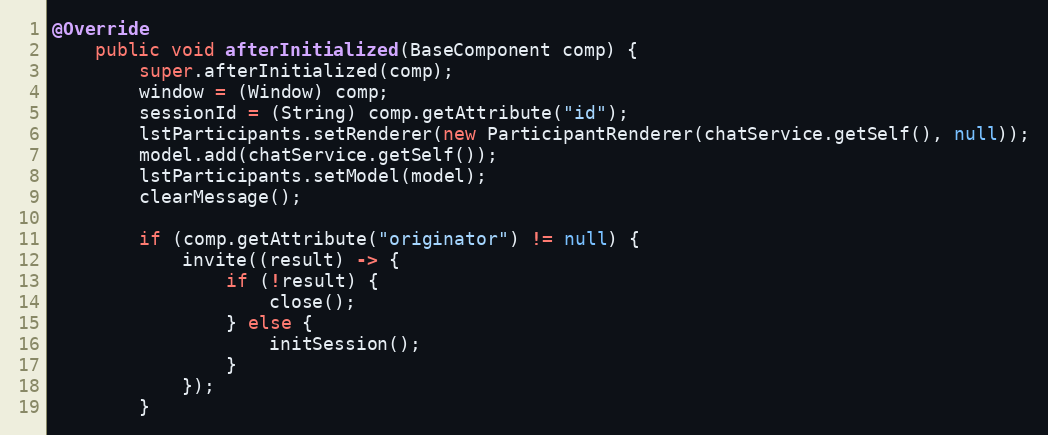
Language: Java
@Override
    public void afterInitialized(BaseComponent comp) {
        super.afterInitialized(comp);
        window = (Window) comp;
        sessionId = (String) comp.getAttribute("id");
        lstParticipants.setRenderer(new ParticipantRenderer(chatService.getSelf(), null));
        model.add(chatService.getSelf());
        lstParticipants.setModel(model);
        clearMessage();

        if (comp.getAttribute("originator") != null) {
            invite((result) -> {
                if (!result) {
                    close();
                } else {
                    initSession();
                }
            });
        }